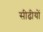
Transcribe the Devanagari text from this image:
सीढीयों